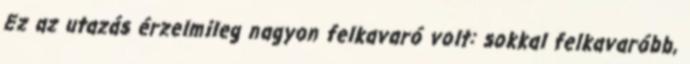
Ez az utazás érzelmileg nagyon felkavaró volt: sokkal felkavaróbb,